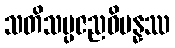
သတိသမ္ပဇညဝိပန္နဿ